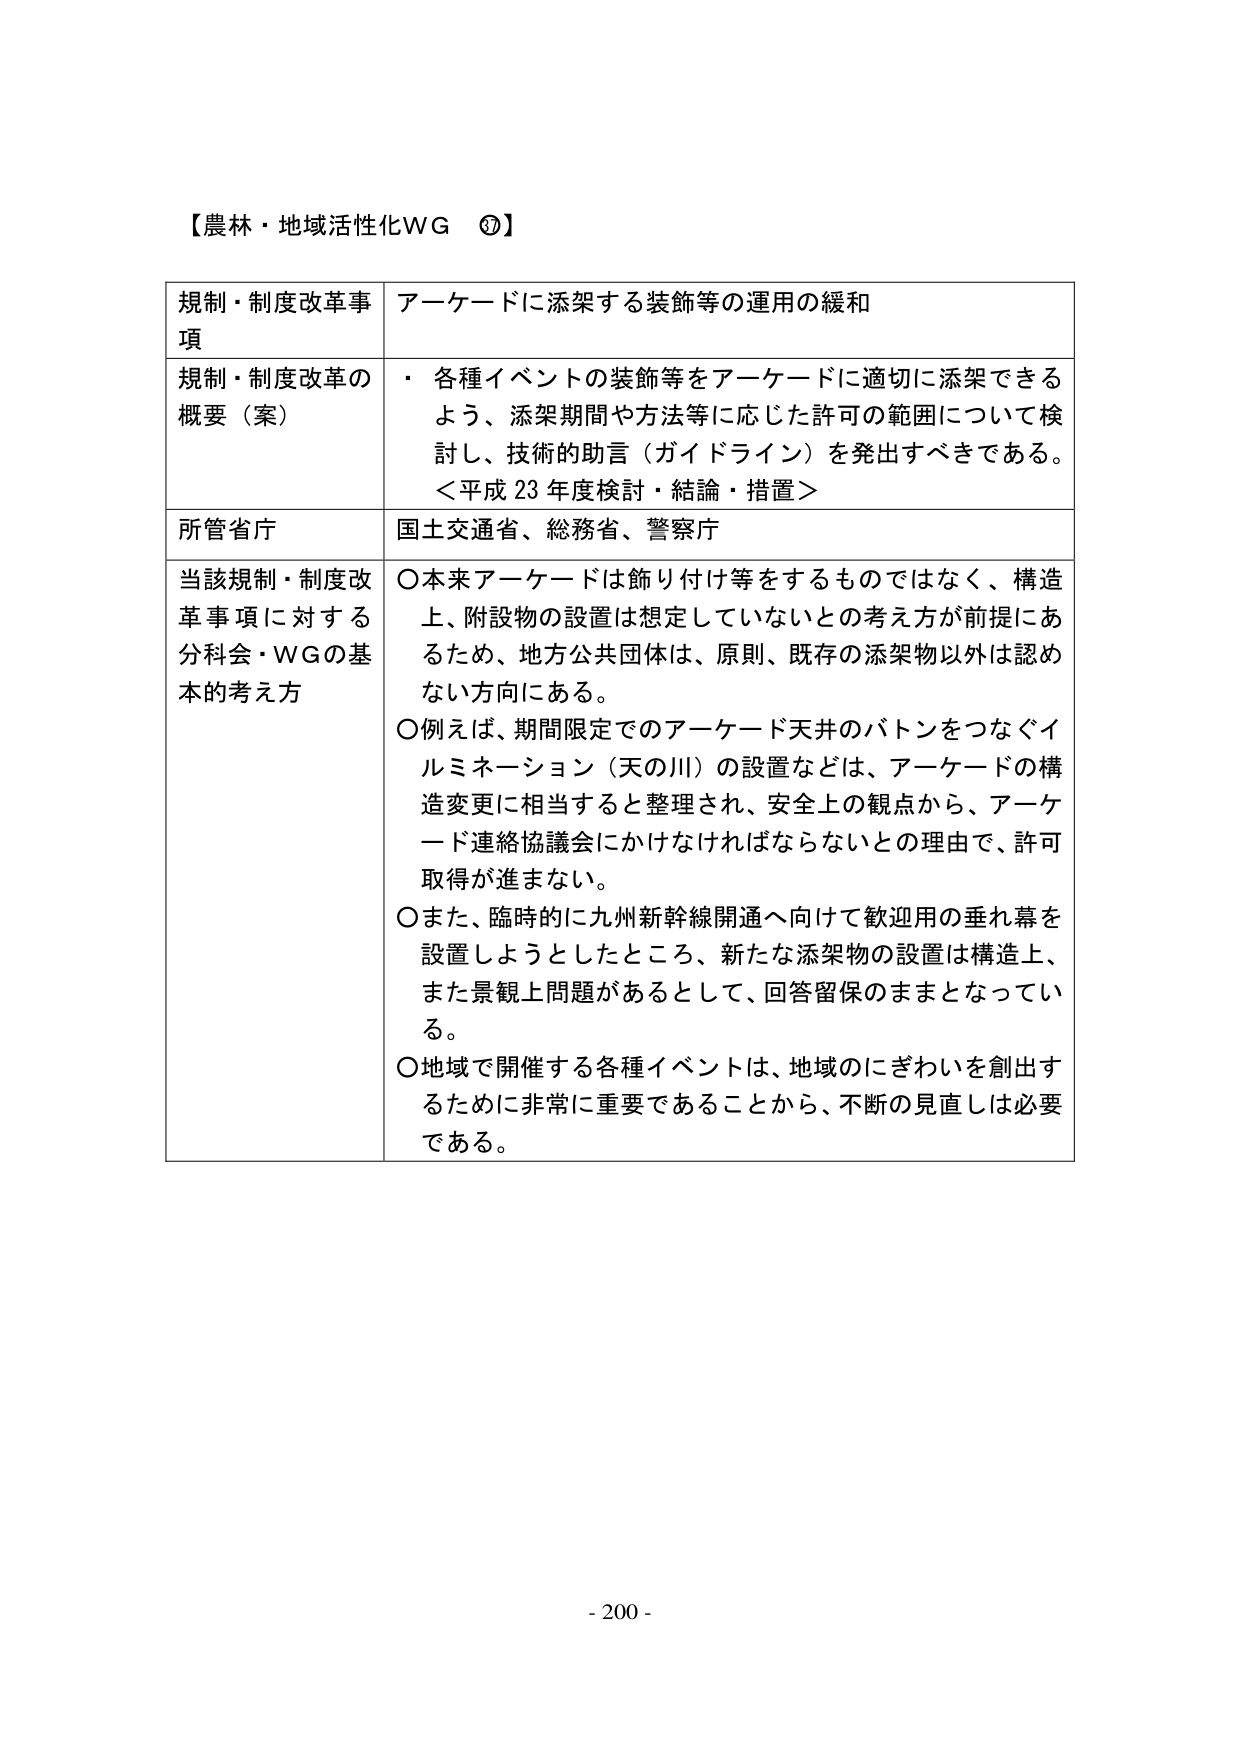
【農林・地域活性化WG ⑦】

規制・制度改革事項　アーケードに添架する装飾等の運用の緩和

規制・制度改革の概要（案）　・ 各種イベントの装飾等をアーケードに適切に添架できるよう、添架期間や方法等に応じた許可の範囲について検討し、技術的助言（ガイドライン）を発出すべきである。
＜平成23年度検討・結論・措置＞

所管省庁　国土交通省、総務省、警察庁

当該規制・制度改革事項に対する分科会・WGの基本的考え方　○本来アーケードは飾り付け等をするものではなく、構造上、附設物の設置は想定していないとの考え方が前提にあるため、地方公共団体は、原則、既存の添架物以外は認めない方向にある。
○例えば、期間限定でのアーケード天井のバトンをつなぐイルミネーション（天の川）の設置などは、アーケードの構造変更に相当すると整理され、安全上の観点から、アーケード連絡協議会にかけなければならないとの理由で、許可取得が進まない。
○また、臨時的に九州新幹線開通へ向けて歓迎用の垂れ幕を設置しようとしたところ、新たな添架物の設置は構造上、また景観上問題があるとして、回答留保のままとなっている。
○地域で開催する各種イベントは、地域のにぎわいを創出するために非常に重要であることから、不断の見直しは必要である。

- 200 -